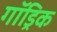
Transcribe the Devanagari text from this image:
गॉड्रिक